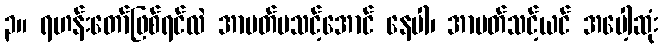
၃။ ရဟန်းတော်ဖြစ်ရင်လဲ အာပတ်မသင့်အောင် နေပါ၊ အာပတ်သင့်ယင် အပေါ့ဆုံး